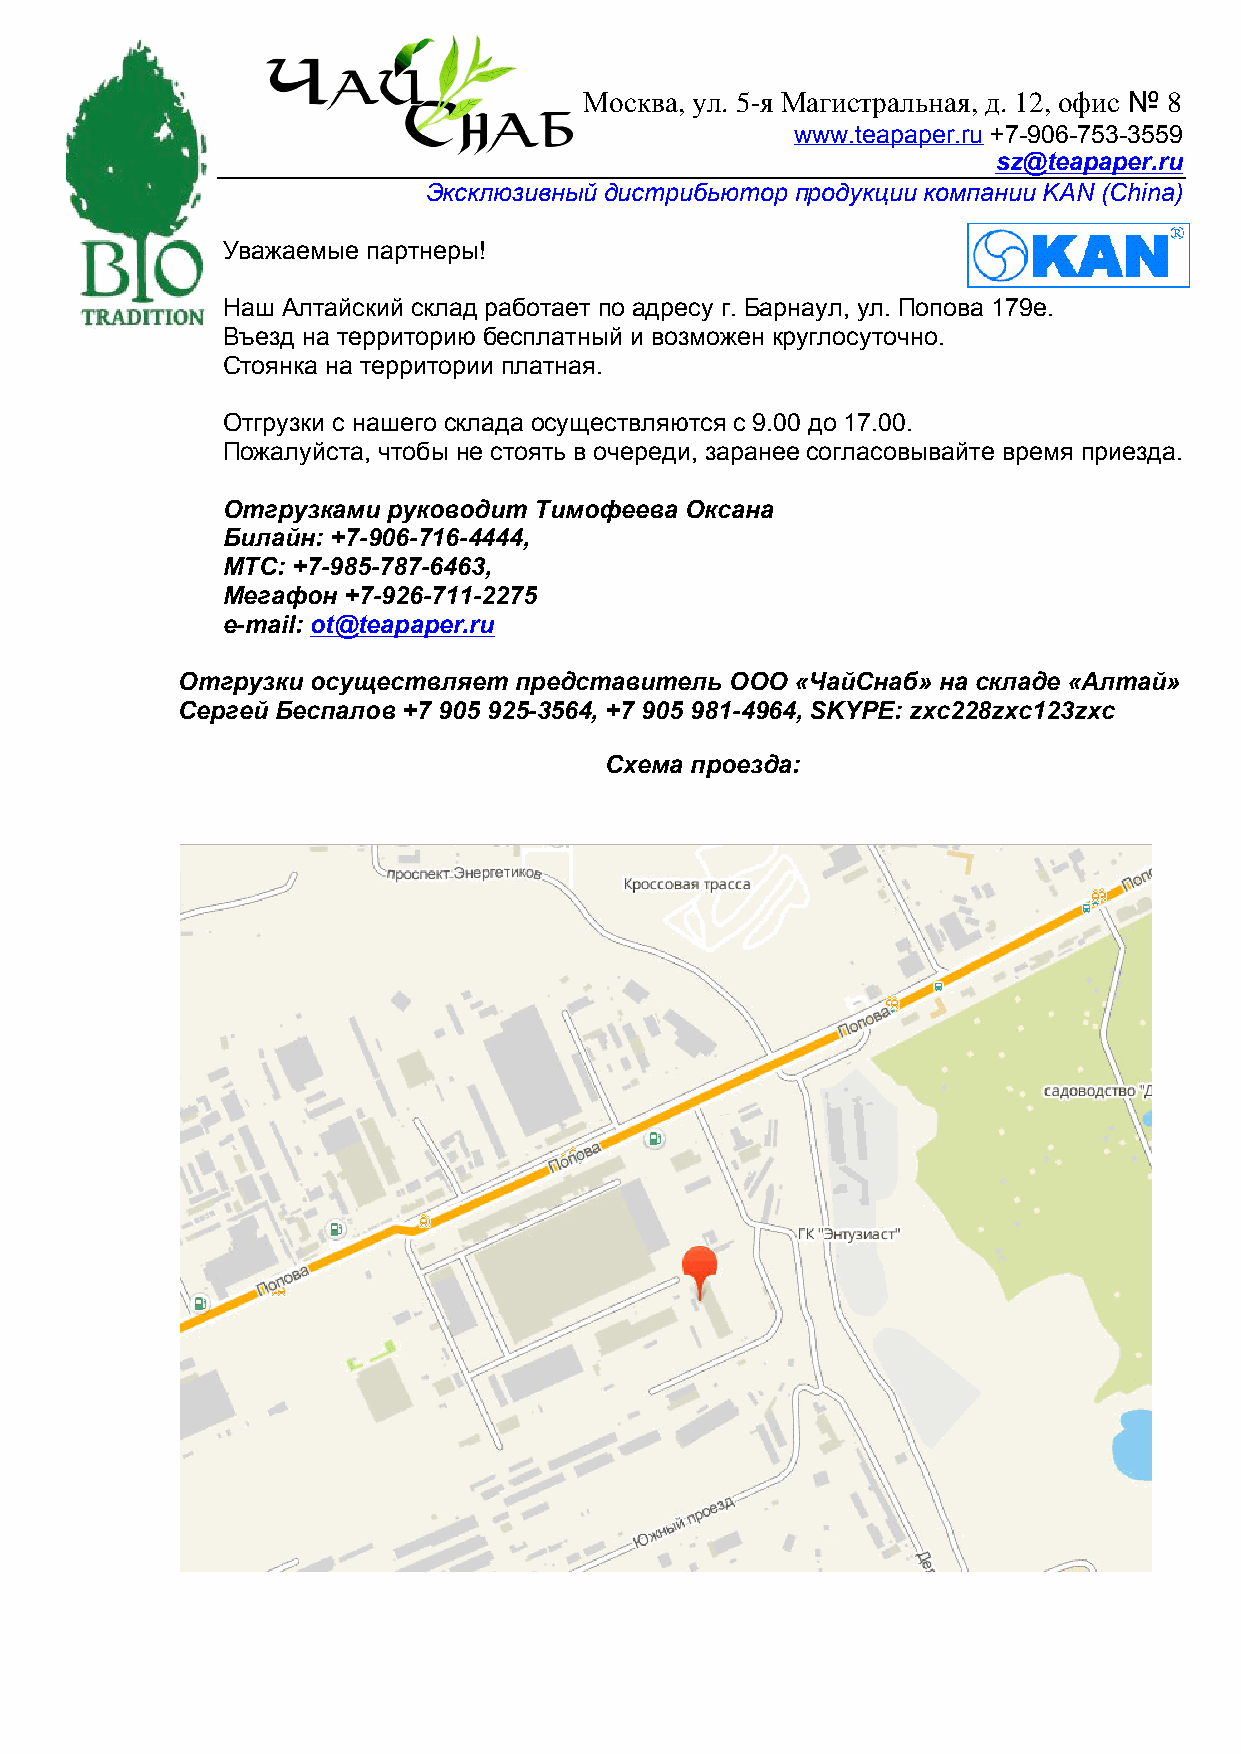
Москва, ул. 5-я Магистральная , д. 12, офис № 8
 www.teapaper.ru +7-906-753-3559
 sz@teapaper.ru
 Эксклюзивный дистрибьютор продукции компании KAN (China)
 Уважаемые партнеры!
 Наш Алтайский склад работает по адресу г. Барнаул, ул. Попова 179е.
 Въезд на территорию бесплатный и возможен круглосуточно.
 Стоянка на территории платная.
 Отгрузки с нашего склада осуществляются с 9.00 до 17.00.
 Пожалуйста, чтобы не стоять в очереди, заранее согласовывайте время приезда.
 Отгрузками руководит Тимофеева Оксана
 Билайн: +7-906-716-4444,
 МТС: +7-985-787-6463,
 Мегафон +7-926-711-2275
 e-mail: ot@teapaper.ru
 Отгрузки осуществляет представитель ООО  «ЧайСнаб» на складе «Алтай»
 Сергей Беспалов +7 905 925-3564, +7 905 981-4964, SKYPE: zxc228zxc123zxc
 Схема проезда: